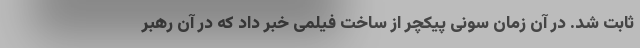
ثابت شد. در آن زمان سونی پیکچر از ساخت فیلمی خبر داد که در آن رهبر